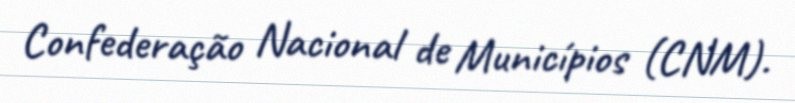
Confederação Nacional de Municípios (CNM).